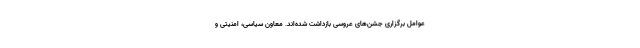
عوامل برگزاری جشن‌های عروسی بازداشت شده‌اند. معاون سیاسی، امنیتی و